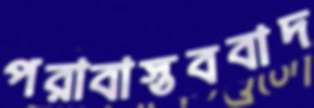
পরাবাস্তববাদ